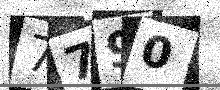
Text: 7790